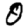
Digit: 0